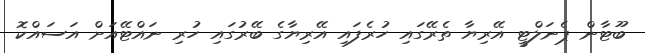
ބޫޓާން ޕެނަލްޓީ އޭރިޔާ ތެރޭގައި ހުރެފައި އޭރިޔާގެ ބޭރުގައި ހުރި ނައްޓޭއަށް އަސައްކޮ